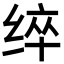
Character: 𮉬